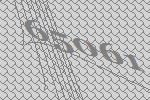
65061